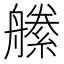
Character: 𦪝